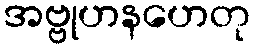
အဗ္ဗုဟနဟေတု